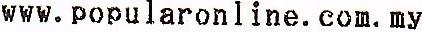
WWW.POPULARONLINE.COM.MY